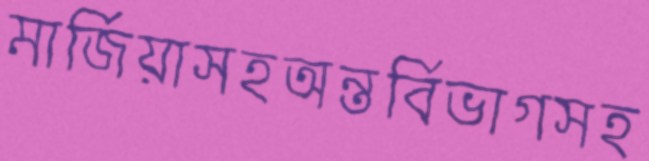
মার্জিয়াসহঅন্তর্বিভাগসহ